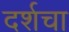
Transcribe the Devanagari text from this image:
दर्शचा